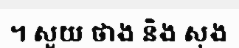
។ សួយ ថាង និង សុង